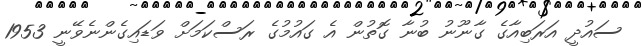
ސައުދީ އަރަބިއާގެ ގާނޫނު ބުނާ ގޮތުން އެ ގައުމުގެ ރަސްކަމަށް ވަޑައިގެންނެވޭނީ 1953